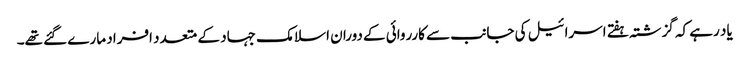
یاد رہے کہ گزشتہ ہفتے اسرائیل کی جانب سے کارروائی کے دوران اسلامک جہاد کے متعدد افراد مارے گئے تھے۔